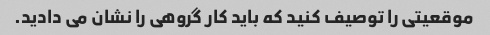
موقعیتی را توصیف کنید که باید کار گروهی را نشان می دادید.